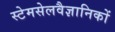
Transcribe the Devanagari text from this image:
स्टेमसेलवैज्ञानिकों